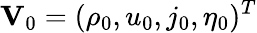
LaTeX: \mathbf{V}_{0}=(\rho_{0},u_{0},j_{0},\eta_{0})^{T}